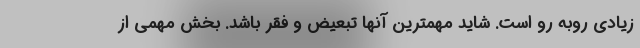
زیادی روبه رو است. شاید مهمترین آنها تبعیض و فقر باشد. بخش مهمی از